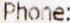
PHONE: